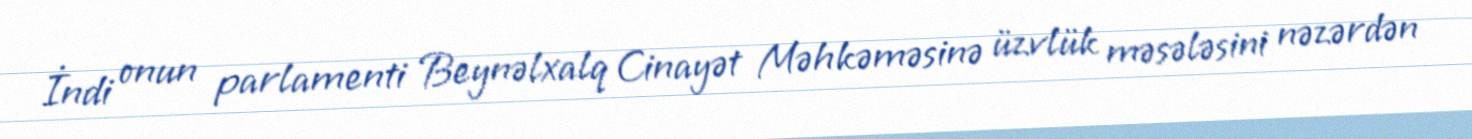
İndi onun parlamenti Beynəlxalq Cinayət Məhkəməsinə üzvlük məsələsini nəzərdən